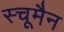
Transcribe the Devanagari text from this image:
स्चूमैन